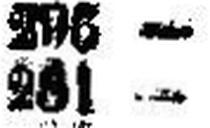
281 —